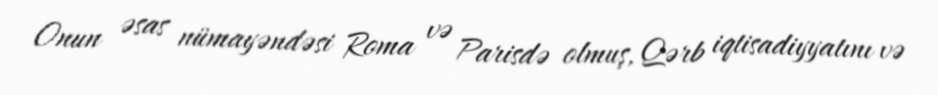
Onun əsas nümayəndəsi Roma və Parisdə olmuş, Qərb iqtisadiyyatını və